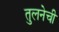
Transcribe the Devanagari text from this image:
तुलनेची